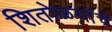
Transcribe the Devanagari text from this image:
शितोळ्यांचे